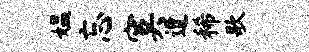
媪忘寞遭稀歌